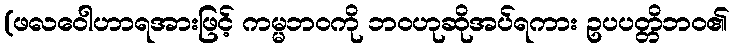
(ဖလဝေါဟာရအားဖြင့် ကမ္မဘဝကို ဘဝဟုဆိုအပ်ရကား ဥပပတ္တိဘဝ၏